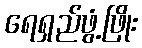
ရေရှည်ဖွံ့ဖြိုး